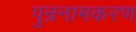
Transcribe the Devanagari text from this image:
पुन्रनामकरण